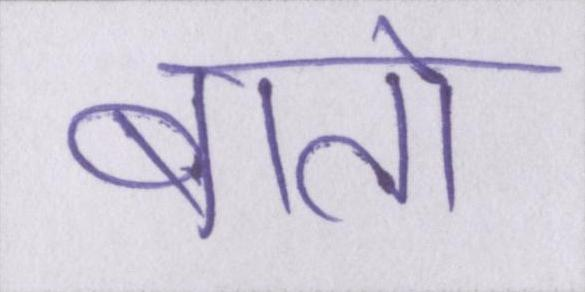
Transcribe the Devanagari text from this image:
बातो